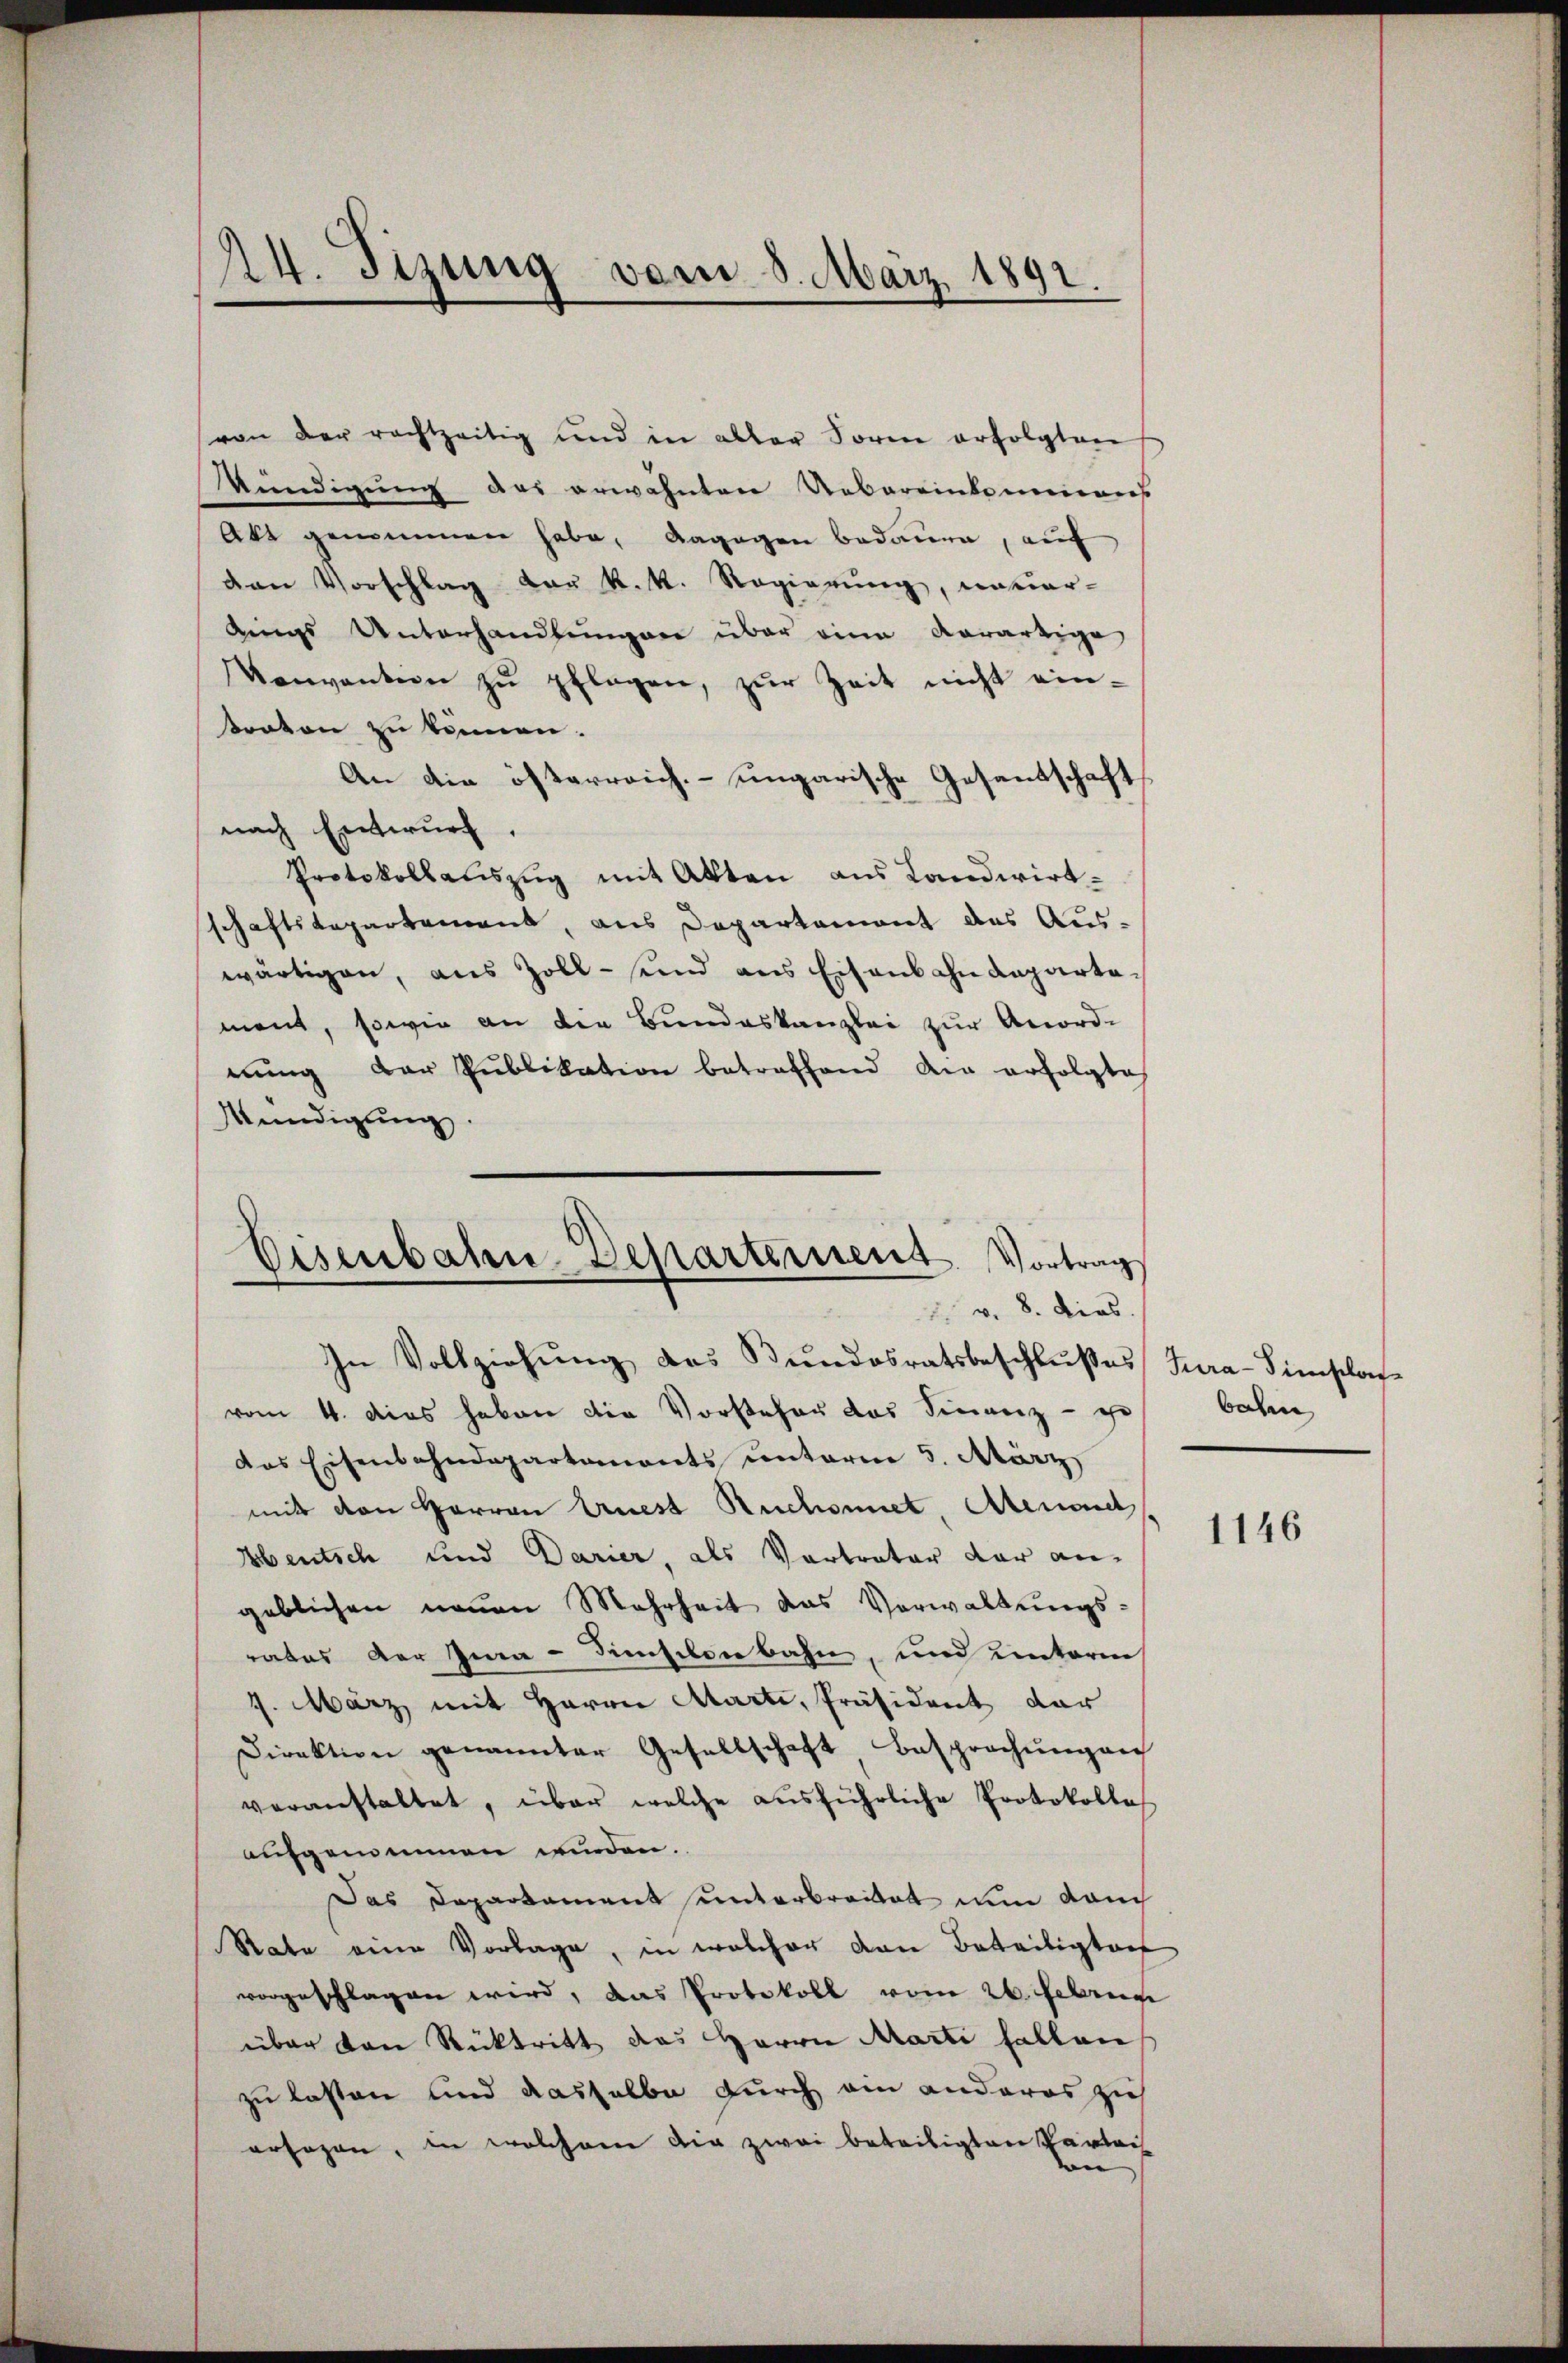
24. Sizung vom 8. März 1891.

von der rechtzeitig und in aller Sorne erfolgten
Mündigung das erwähnten Uebereinkommens
Akt genommen habe, dagegen bedauen, auf
van Vorschlag der k. k. Regierung, notar-
dings Unterhandlungen über eine Aerartige
Verwanken zŭ pflegen, zŭr Zeit nicht ein-
traton zu können.
An die österreich. ungarische Gesantschaft
nach Entwurf.
Protokollauszug mit Akten aus Landwirt-
schaftsdepartement, aus Departement des Auswärtigen, aus Zoll- und aus Eisenbahndepartement, sowie an der Bundeskanzlei zur Anord-
nŭng der Publikation betreffend der erfolgte
Wündigŭng.
Eisenbahn Departement. Vortrag

v. 8. dies

In Vollziehŭng das Bundesratsbeschlußes Tura-Simslos
vom 4. dies haben die Vorsteher das Finanz - ir
das Eisenbahndepartaments unterm 5. März
mit den Herren Ernest Ruchonnet, Atemond
Bbeutsch und Darier, als Vortrater dar angeblichen neuen Mehrheit das Verwaltungs-
rates der Ima-Simsilonbahn, und unterm
7. März mit Herrn Atarti, Präsident dar
Direktion genannter Gesellschaft Besprechŭngen
veranstaltet, über welche aŭsführliche Protokolles
aufgemeinen wurden.
Das Departament unterbreitet nun danch
Rate eine Vorlage, in welcher von Beteiligter
vorgeschlagen wird, das Protokoll vom 26. Februa
über von Rücktritt des Herrn Marti fallen
zu lassen und dasselbe durch ein anderes zu
ersagen, in welchem die zwei beteiligten Parten

wachen

1146